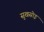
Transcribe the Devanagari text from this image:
सुखसोइ